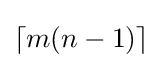
\left\lceil m(n-1)\right\rceil